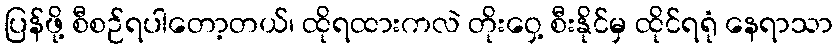
ပြန်ဖို့ စီစဉ်ရပါတော့တယ်၊ ထိုရထားကလဲ တိုးဝှေ့ စီးနိုင်မှ ထိုင်ရရုံ နေရာသာ